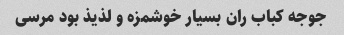
جوجه کباب ران بسیار خوشمزه و لذیذ بود مرسی